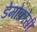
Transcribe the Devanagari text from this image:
डेमोक्रोसी